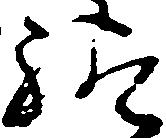
給